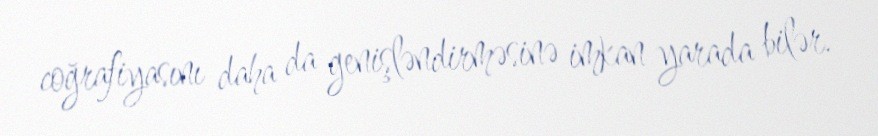
coğrafiyasını daha da genişləndirməsinə imkan yarada bilər.